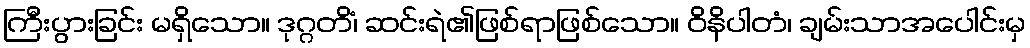
ကြီးပွားခြင်း မရှိသော။ ဒုဂ္ဂတိံ၊ ဆင်းရဲ၏ဖြစ်ရာဖြစ်သော။ ဝိနိပါတံ၊ ချမ်းသာအပေါင်းမှ